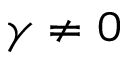
\gamma \neq 0